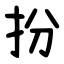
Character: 扮